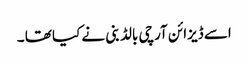
اسے ڈیزائن آرچی بالڈ بنی نے کیا تھا ۔